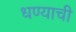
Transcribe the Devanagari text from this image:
धण्याची